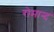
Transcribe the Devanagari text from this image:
रोमान्द